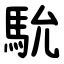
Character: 馻